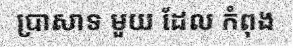
ប្រាសាទ មួយ ដែល កំពុង